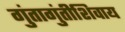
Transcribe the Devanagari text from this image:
गुंतागुंतीशिवाय